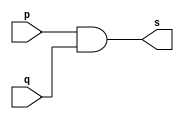
// ------------------------- 
// Exemplo0003 - AND 
// Nome:Rafael Lopes Barbosa 
// ------------------------- 
// ------------------------- 
// -- and gate 
// ------------------------- 
module andgate ( output s, 
input p, 
input q); 
assign s = p & q; 
endmodule // andgate 
// --------------------- 
// -- test and gate 
// --------------------- 
module testandgate; 
// ------------------------- dados locais 
reg a, b; // definir registradores 
wire s; // definir conexao (fio) 
// ------------------------- instancia 
andgate AND1 (s, a, b); 
// ------------------------- preparacao 
initial begin:start 
a=0; b=0; 
end 
// ------------------------- parte principal 
initial begin 
$display("Exemplo0003 - Rafael Lopes Barbosa - 435052"); 
$display("Test AND gate"); 
$display("\na & b = s\n"); 
a=0; b=0; 
#1 $display("%b & %b = %b", a, b, s); 
a=0; b=1; 
#1 $display("%b & %b = %b", a, b, s); 
a=1; b=0; 
#1 $display("%b & %b = %b", a, b, s); 
a=1; b=1; 
#1 $display("%b & %b = %b", a, b, s); 
end 
endmodule // testandgate